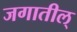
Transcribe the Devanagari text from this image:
जगातील्